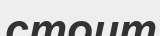
стоит